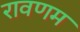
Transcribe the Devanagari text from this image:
रावणम